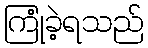
ကြုံခဲ့ရသည်